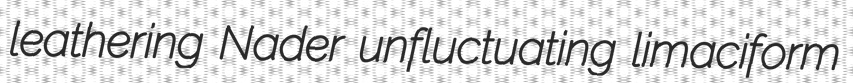
leathering Nader unfluctuating limaciform